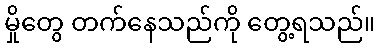
မှိုတွေ တက်နေသည်ကို တွေ့ရသည်။